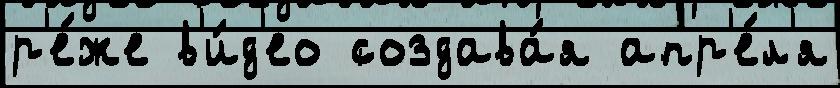
р'е́же в'и́д'ео создава́я апр'е́л'я